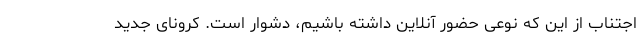
اجتناب از این که نوعی حضور آنلاین داشته باشیم، دشوار است. کرونای جدید